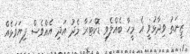
ޒީނަތު ވިދާޅުވީ އެ މީހާ ބެއްލެވި ޑޮކްޓަރާ މެދު އަދި އެއްވެސް ފިޔަވަޅެއް